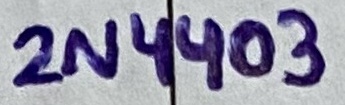
Text: 2N4403